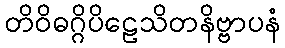
တိဝိဓဂ္ဂိပိဠေသိတနိဗ္ဗာပနံ